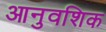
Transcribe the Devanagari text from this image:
आनुवशिक